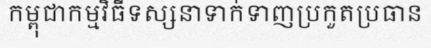
កម្ពុជាកម្មវិធីទស្សនាទាក់ទាញប្រកួតប្រធាន